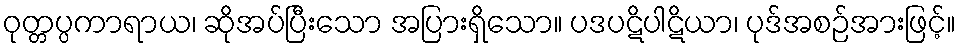
ဝုတ္တပ္ပကာရာယ၊ ဆိုအပ်ပြီးသော အပြားရှိသော။ ပဒပဋိပါဋိယာ၊ ပုဒ်အစဉ်အားဖြင့်။